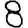
Digit: 8